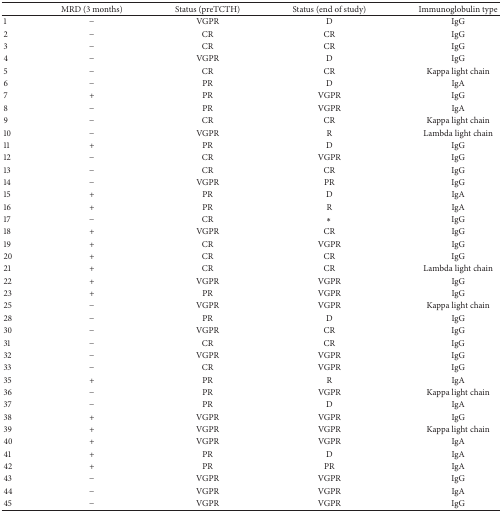
<table><thead><tr><td><b> </b></td><td><b>MRD (3 months)</b></td><td><b>Status (preTCTH)</b></td><td><b>Status (end of study)</b></td><td><b>Immunoglobulin type</b></td></tr></thead><tbody><tr><td>1</td><td>−</td><td>VGPR</td><td>D</td><td>IgG</td></tr><tr><td>2</td><td>−</td><td>CR</td><td>CR</td><td>IgG</td></tr><tr><td>3</td><td>−</td><td>CR</td><td>CR</td><td>IgG</td></tr><tr><td>4</td><td>−</td><td>VGPR</td><td>D</td><td>IgG</td></tr><tr><td>5</td><td>−</td><td>CR</td><td>CR</td><td>Kappa light chain</td></tr><tr><td>6</td><td>−</td><td>PR</td><td>D</td><td>IgA</td></tr><tr><td>7</td><td>+</td><td>PR</td><td>VGPR</td><td>IgG</td></tr><tr><td>8</td><td>−</td><td>PR</td><td>VGPR</td><td>IgA</td></tr><tr><td>9</td><td>−</td><td>CR</td><td>CR</td><td>Kappa light chain</td></tr><tr><td>10</td><td>−</td><td>VGPR</td><td>R</td><td>Lambda light chain</td></tr><tr><td>11</td><td>+</td><td>PR</td><td>D</td><td>IgG</td></tr><tr><td>12</td><td>−</td><td>CR</td><td>VGPR</td><td>IgG</td></tr><tr><td>13</td><td>−</td><td>CR</td><td>CR</td><td>IgG</td></tr><tr><td>14</td><td>−</td><td>VGPR</td><td>PR</td><td>IgG</td></tr><tr><td>15</td><td>+</td><td>PR</td><td>D</td><td>IgA</td></tr><tr><td>16</td><td>+</td><td>PR</td><td>R</td><td>IgA</td></tr><tr><td>17</td><td>−</td><td>CR</td><td>∗</td><td>IgG</td></tr><tr><td>18</td><td>+</td><td>VGPR</td><td>CR</td><td>IgG</td></tr><tr><td>19</td><td>+</td><td>CR</td><td>VGPR</td><td>IgG</td></tr><tr><td>20</td><td>+</td><td>CR</td><td>CR</td><td>IgG</td></tr><tr><td>21</td><td>+</td><td>CR</td><td>CR</td><td>Lambda light chain</td></tr><tr><td>22</td><td>+</td><td>VGPR</td><td>VGPR</td><td>IgG</td></tr><tr><td>23</td><td>+</td><td>PR</td><td>VGPR</td><td>IgG</td></tr><tr><td>25</td><td>−</td><td>VGPR</td><td>VGPR</td><td>Kappa light chain</td></tr><tr><td>28</td><td>−</td><td>PR</td><td>D</td><td>IgG</td></tr><tr><td>30</td><td>−</td><td>VGPR</td><td>CR</td><td>IgG</td></tr><tr><td>31</td><td>−</td><td>CR</td><td>CR</td><td>IgG</td></tr><tr><td>32</td><td>−</td><td>VGPR</td><td>VGPR</td><td>IgG</td></tr><tr><td>33</td><td>−</td><td>CR</td><td>VGPR</td><td>IgG</td></tr><tr><td>35</td><td>+</td><td>PR</td><td>R</td><td>IgA</td></tr><tr><td>36</td><td>−</td><td>PR</td><td>VGPR</td><td>Kappa light chain</td></tr><tr><td>37</td><td>−</td><td>PR</td><td>D</td><td>IgA</td></tr><tr><td>38</td><td>+</td><td>VGPR</td><td>VGPR</td><td>IgG</td></tr><tr><td>39</td><td>+</td><td>VGPR</td><td>VGPR</td><td>Kappa light chain</td></tr><tr><td>40</td><td>+</td><td>VGPR</td><td>VGPR</td><td>IgA</td></tr><tr><td>41</td><td>+</td><td>PR</td><td>D</td><td>IgA</td></tr><tr><td>42</td><td>+</td><td>PR</td><td>PR</td><td>IgA</td></tr><tr><td>43</td><td>−</td><td>VGPR</td><td>VGPR</td><td>IgG</td></tr><tr><td>44</td><td>−</td><td>VGPR</td><td>VGPR</td><td>IgA</td></tr><tr><td>45</td><td>−</td><td>VGPR</td><td>VGPR</td><td>IgG</td></tr></tbody></table>